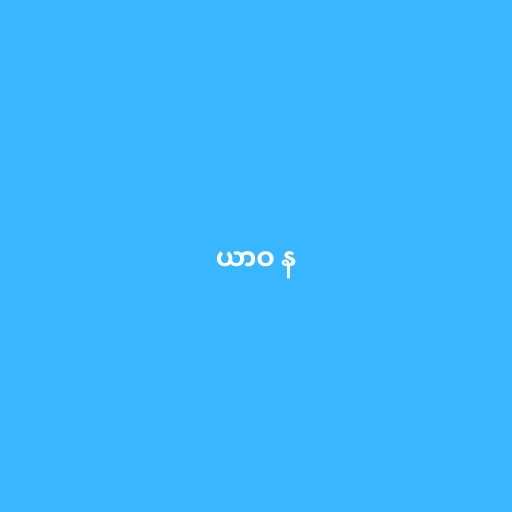
ယာဝ န